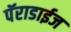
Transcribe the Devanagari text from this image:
पॅराडाईज